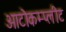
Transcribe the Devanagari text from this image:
आटोकम्प्लीट